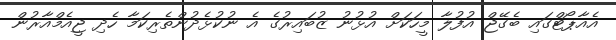
އެއާޕޯޓްގައި ބެގޭޖް އުފުލާ މީހަކަށް އުޅުނު ޒުބައިރުގެ އެ ނުކުޅެދުންތެރިކަމާ ހެދި ޖީއެމްއާރުން